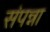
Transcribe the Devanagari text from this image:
संपन्ना